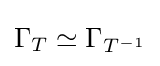
\Gamma _{T}\simeq \Gamma _{T^{-1}}